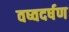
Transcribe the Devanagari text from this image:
वष्वदर्षण